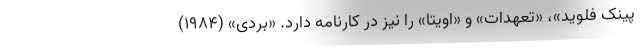
پینک فلوید»، «تعهدات» و «اویتا» را نیز در کارنامه دارد. «بردی» (۱۹۸۴)